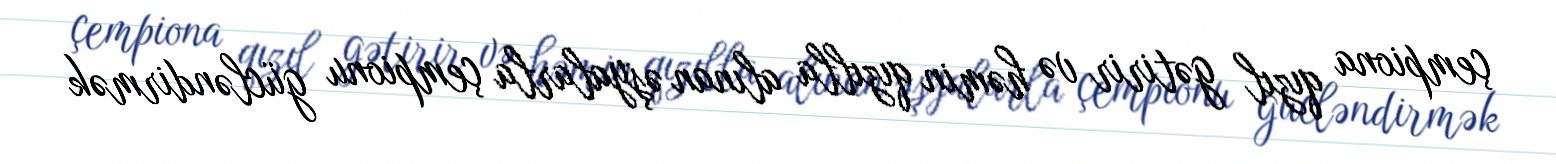
çempiona qızıl gətirir və həmin qızılla alınan əşyalarla çempionu gücləndirmək